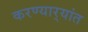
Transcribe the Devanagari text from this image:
करण्यार्‍यांत